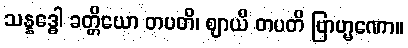
သန္နဒ္ဓေါ ခတ္တိယော တပတိ၊ ဈာယီ တပတိ ဗြာဟ္မဏော။